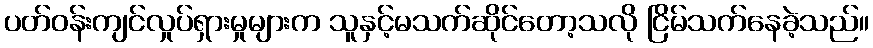
ပတ်ဝန်းကျင်လှုပ်ရှားမှုများက သူနှင့်မသက်ဆိုင်တော့သလို ငြိမ်သက်နေခဲ့သည်။